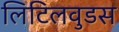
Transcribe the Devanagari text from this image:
लिटिलवुडस